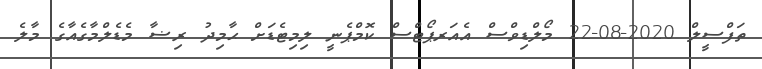
ތަފްސީލް 2020-08-22 މޯލްޑިވްސް އެއަރޕޯޓްސް ކޮމްޕެނީ ލިމިޓެޑަށް ޙާމިދު ރިޟާ މެޑެލްމާގެއާގެ މާލެ